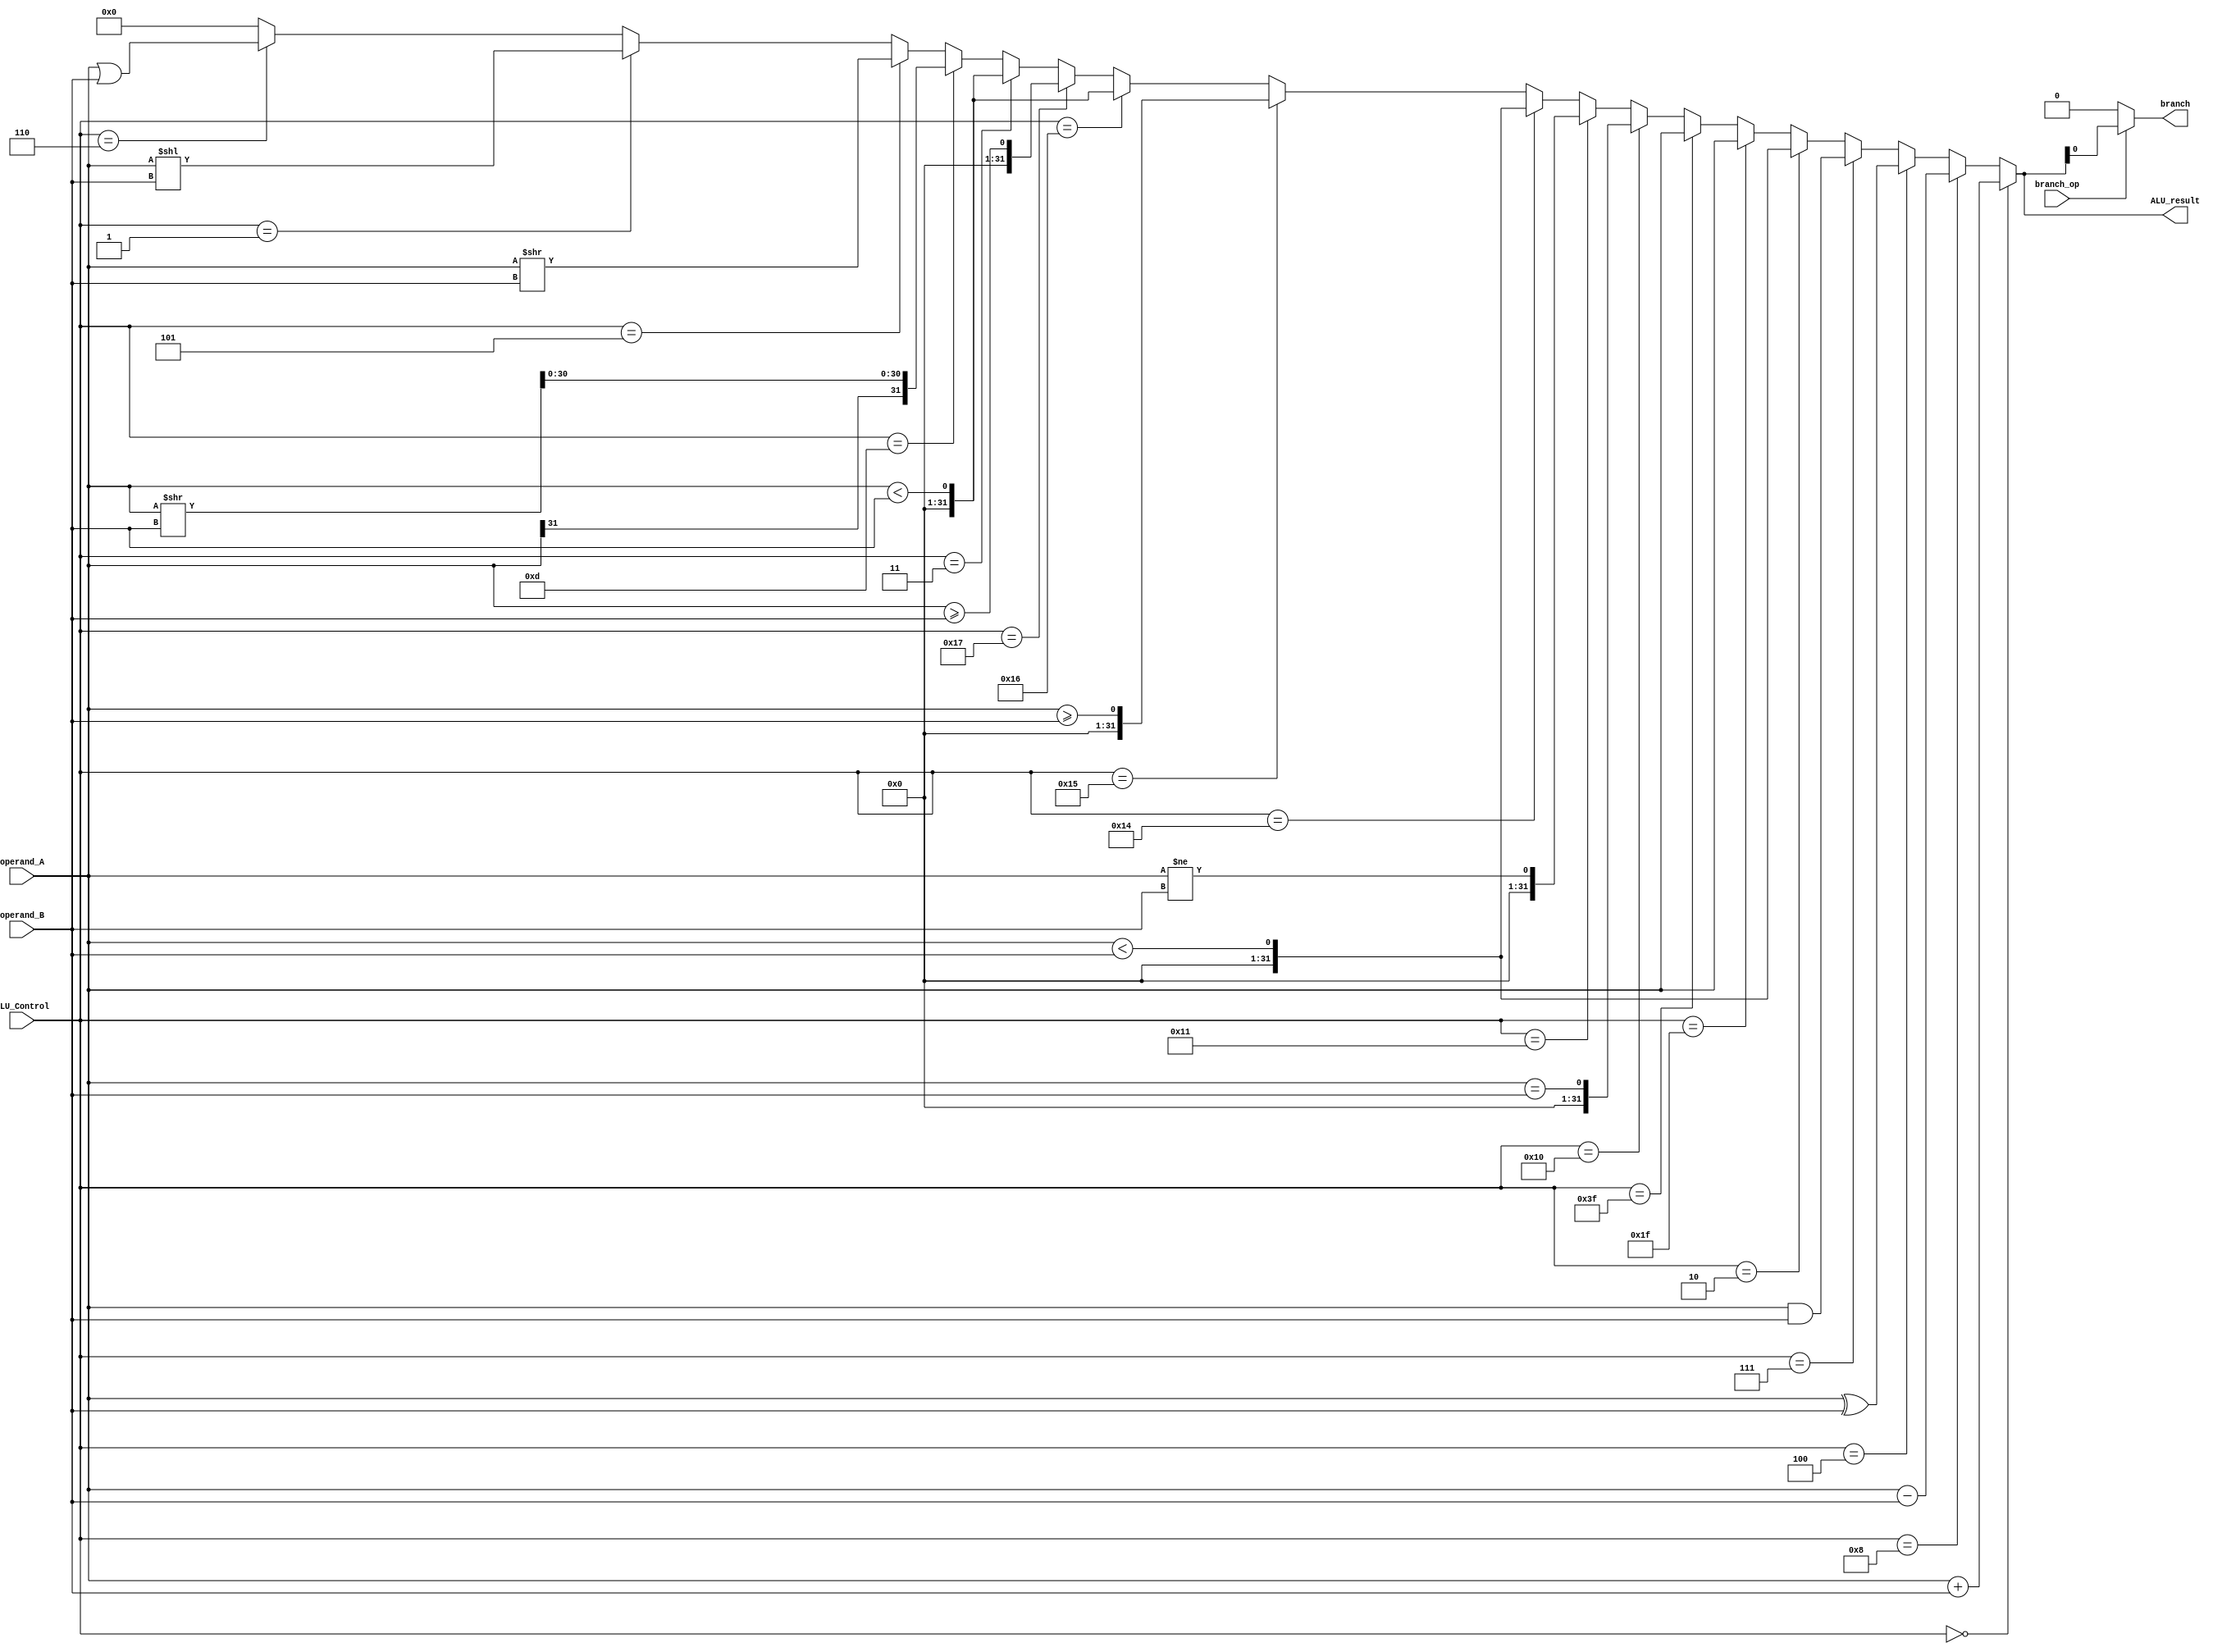
// Name: Layan Bahaidarah Andreas Francisco
// BU ID: U26666743 U85066104
// EC413 Lab 2 Problem 2: ALU

module ALU (
  input [5:0]  ALU_Control,
  input [31:0] operand_A,
  input [31:0] operand_B,
  input branch_op,
  output branch, 
  output [31:0] ALU_result
);
//reg [31:0] out temp;
wire signed [31:0] a_sign, b_sign,out ,SLT, shifted;
reg signed [31:0] outp;
assign a_sign=operand_A;
assign b_sign=operand_B;
assign shifted=a_sign>>b_sign;
assign SLT=a_sign<b_sign;

assign out= (ALU_Control== 6'b000000)? a_sign+ b_sign: //ADD, ADDI
            (ALU_Control== 6'b001000)? a_sign - b_sign://SUB
            (ALU_Control== 6'b000100)? operand_A ^ operand_B://XOR
            (ALU_Control== 6'b000111)? operand_A & operand_B://AND ANDI
            (ALU_Control== 6'b000010)? SLT://SLT, SLTI
            (ALU_Control== 6'b011111)? a_sign: //JAL
            (ALU_Control== 6'b111111)? a_sign: //JALR
            (ALU_Control== 6'b010000)? (a_sign == b_sign): //BEQ
            (ALU_Control== 6'b010001)? (a_sign != b_sign): //BNE
            (ALU_Control== 6'b010100)? SLT: // BLT
            (ALU_Control== 6'b010101)? (a_sign >= b_sign): //BGE
            (ALU_Control== 6'b010110)? (operand_A < operand_B): //BLTU
            (ALU_Control== 6'b010111)? (operand_A >= operand_B): //BGEU
            (ALU_Control== 6'b000011)? (operand_A<operand_B): //SLTIU, SLTU
	        (ALU_Control== 6'b001101)? (({a_sign[31],shifted[30:0]}))://SRA, SRAI                                                                                                                     
            (ALU_Control== 6'b000101)? (operand_A>>operand_B)://SRL, SRLI                                                                                                                   
            (ALU_Control== 6'b000001)? (operand_A<<operand_B)://SLL, SLLI                                                                                                                   
            (ALU_Control== 6'b000110)? operand_A | operand_B://ORI                         	
            32'b00000000000000000000000000000000;
            

assign ALU_result=out;
assign branch = (branch_op == 1'b1)? ALU_result: 1'b0;
/******************************************************************************
*                      Start Your Code Here
******************************************************************************/

endmodule